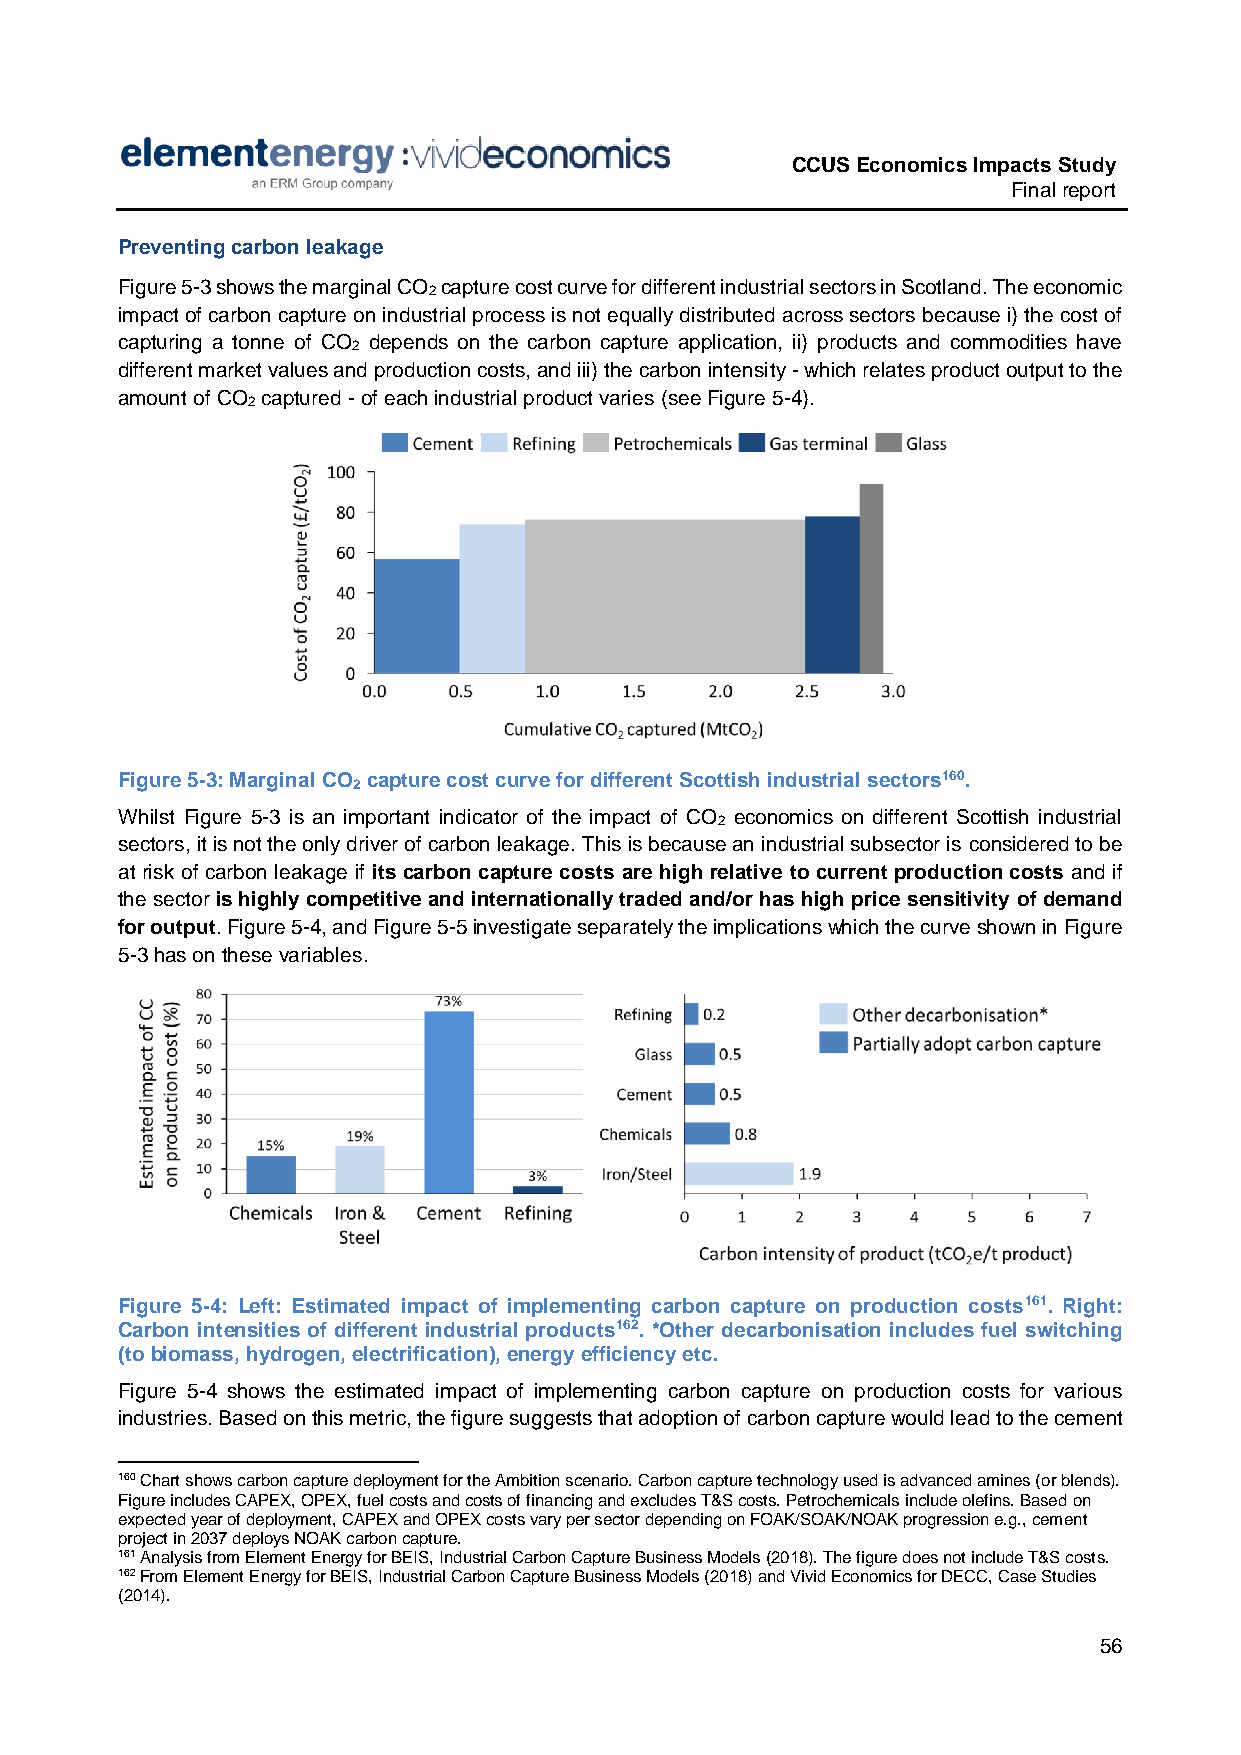
CCUS Economics Impacts Study
 Final report
 Preventing carbon leakage
 Figure 5-3 shows the marginal CO capture cost curve for different industrial sectors in Scotland. The economic
 2
 impact of carbon capture on industrial process is not equally distributed across sectors because i) the cost of
 capturing a tonne of CO depends on the carbon capture application, ii) products and commodities have
 2
 different market values and production costs, and iii) the carbon intensity - which relates product output to the
 amount of CO captured - of each industrial product varies (see Figure 5-4).
 2
 Figure 5-3: Marginal CO capture cost curve for different Scottish industrial sectors160.
 2
 Whilst Figure 5-3 is an important indicator of the impact of CO economics on different Scottish industrial
 2
 sectors, it is not the only driver of carbon leakage. This is because an industrial subsector is considered to be
 at risk of carbon leakage if its carbon capture costs are high relative to current production costs and if
 the sector is highly competitive and internationally traded and/or has high price sensitivity of demand
 for output. Figure 5-4, and Figure 5-5 investigate separately the implications which the curve shown in Figure
 5-3 has on these variables.
 Figure 5-4: Left: Estimated impact of implementing carbon capture on production costs161. Right:
 Carbon intensities of different industrial products162. *Other decarbonisation includes fuel switching
 (to biomass, hydrogen, electrification), energy efficiency etc.
 Figure 5-4 shows the estimated impact of implementing carbon capture on production costs for various
 industries. Based on this metric, the figure suggests that adoption of carbon capture would lead to the cement
 160 Chart shows carbon capture deployment for the Ambition scenario. Carbon capture technology used is advanced amines (or blends).
 Figure includes CAPEX, OPEX, fuel costs and costs of financing and excludes T&S costs. Petrochemicals include olefins. Based on
 expected year of deployment, CAPEX and OPEX costs vary per sector depending on FOAK/SOAK/NOAK progression e.g., cement
 project in 2037 deploys NOAK carbon capture.
 161 Analysis from Element Energy for BEIS, Industrial Carbon Capture Business Models (2018). The figure does not include T&S costs.
 162 From Element Energy for BEIS, Industrial Carbon Capture Business Models (2018) and Vivid Economics for DECC, Case Studies
 (2014).
 56